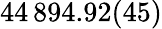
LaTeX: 44\, 894.92(45)